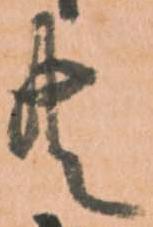
共